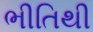
ભીતિથી